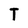
Character: T